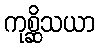
ကုစ္ဆိသယာ